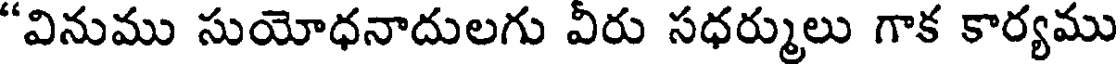
"వినుము సుయోధనాదులగు వీరు సధర్ములు గాక కార్యము